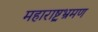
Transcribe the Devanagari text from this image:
महाराष्ट्रभ्रमण